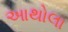
આથોલા